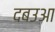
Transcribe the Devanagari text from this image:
दबउआ